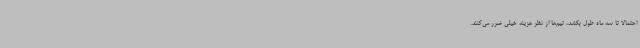
احتمالا تا سه ماه طول بکشد، تیم‌ها از نظر هزینه خیلی ضرر می‌کنند.